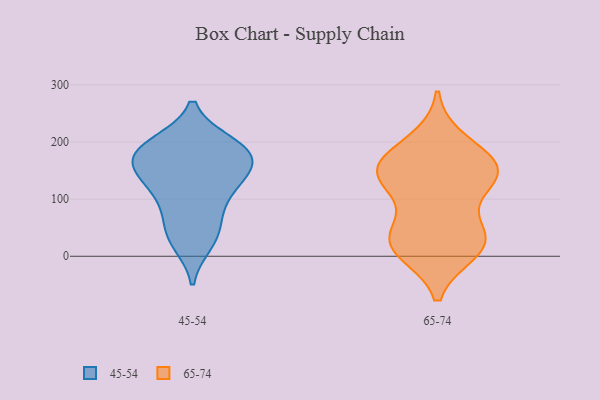
{"axis": {"x": "Budget (USD K)", "y": "Value"}, "legend": ["45-54", "65-74"], "data": [{"x": "", "y": 50, "type": "45-54"}, {"x": "", "y": 166, "type": "45-54"}, {"x": "", "y": 107, "type": "45-54"}, {"x": "", "y": 175, "type": "45-54"}, {"x": "", "y": 149, "type": "45-54"}, {"x": "", "y": 153, "type": "45-54"}, {"x": "", "y": 33, "type": "45-54"}, {"x": "", "y": 24, "type": "45-54"}, {"x": "", "y": 197, "type": "45-54"}, {"x": "", "y": 118, "type": "45-54"}, {"x": "", "y": 188, "type": "45-54"}, {"x": "", "y": 141, "type": "45-54"}, {"x": "", "y": 195, "type": "45-54"}, {"x": "", "y": 186, "type": "45-54"}, {"x": "", "y": 82, "type": "45-54"}, {"x": "", "y": 11, "type": "65-74"}, {"x": "", "y": 156, "type": "65-74"}, {"x": "", "y": 141, "type": "65-74"}, {"x": "", "y": 162, "type": "65-74"}, {"x": "", "y": 200, "type": "65-74"}, {"x": "", "y": 27, "type": "65-74"}, {"x": "", "y": 137, "type": "65-74"}, {"x": "", "y": 27, "type": "65-74"}, {"x": "", "y": 30, "type": "65-74"}, {"x": "", "y": 34, "type": "65-74"}, {"x": "", "y": 131, "type": "65-74"}, {"x": "", "y": 153, "type": "65-74"}]}